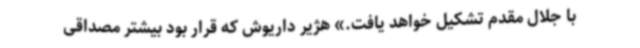
با جلال مقدم تشکیل خواهد یافت.» هژیر داریوش که قرار بود بیشتر مصداقی